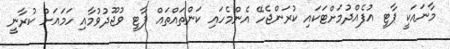
މާނައަކީ ޕާޓީ އުފެއްދުމަށްޓަކައި ކުރަންޖެހޭ އެންމެހައި ކަންތައްތައް ޕާޓީ ވުޖޫދުވުމާއި ހަމައަށް ކުރާނީ